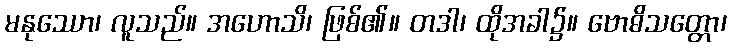
မနုဿော၊ လူသည်။ အဟောသိ၊ ဖြစ်၏။ တဒါ၊ ထိုအခါ၌။ ဗောဓိသတ္တော၊